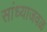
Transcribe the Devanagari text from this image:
सांध्याजवळ